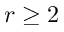
r \geq 2